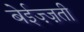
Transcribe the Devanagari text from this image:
बेईज़्ज़ती